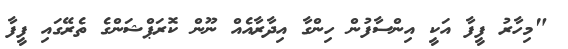
"މިހާރު ފީފާ އަކީ އިންސާފުން ހިންގާ އިދާރާއެއް ނޫން ކޮރަޕްޝަންގެ ތެރޭގައި ފީފާ